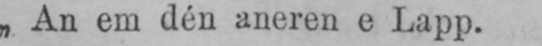
„An em dén aneren e Lapp.